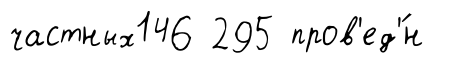
частных146 295 пров'ед'́н